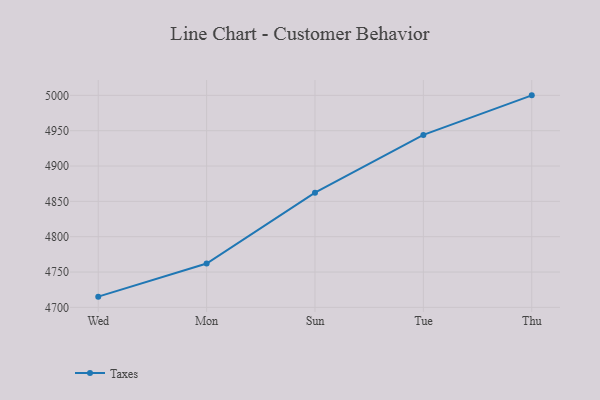
{"axis": {"x": "Day", "y": "Website Visitors"}, "legend": ["Taxes"], "data": [{"x": "Wed", "y": 4715.2, "type": "Taxes"}, {"x": "Mon", "y": 4762.1, "type": "Taxes"}, {"x": "Sun", "y": 4862.3, "type": "Taxes"}, {"x": "Tue", "y": 4944.0, "type": "Taxes"}, {"x": "Thu", "y": 5000, "type": "Taxes"}]}